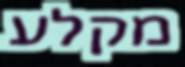
מקלע